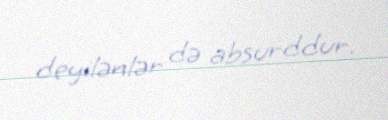
deyilənlər də absurddur.